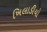
ખિલાડીયો